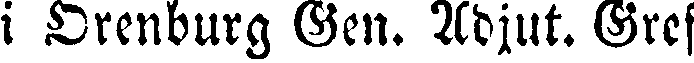
i Orenburg Gen. Adjut. Gref